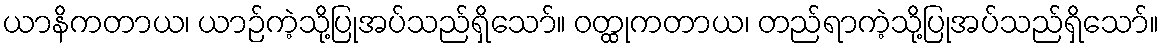
ယာနိကတာယ၊ ယာဉ်ကဲ့သို့ပြုအပ်သည်ရှိသော်။ ဝတ္ထုကတာယ၊ တည်ရာကဲ့သို့ပြုအပ်သည်ရှိသော်။